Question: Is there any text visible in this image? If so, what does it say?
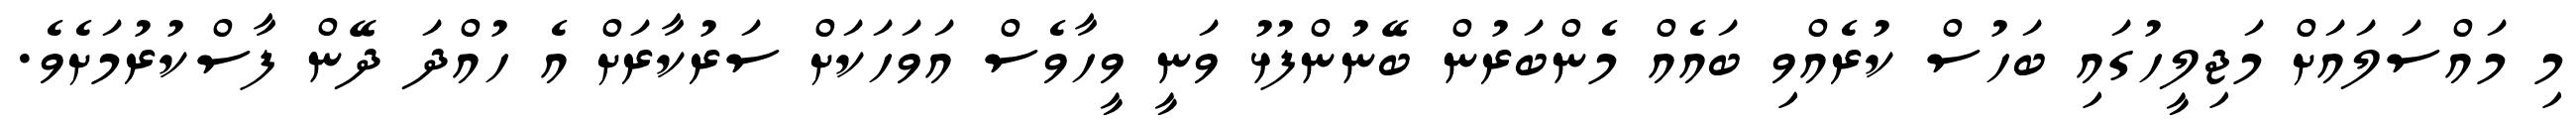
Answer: މި މައްސަލައަށް މަޖިލީހުގައި ބަހުސް ކުރެއްވި ބައެއް މެންބަރުން ބޭނުންފުޅު ވަނީ ވީހާވެސް އަވަހަކަށް ސަރުކާރަށް އެ ހުއްދަ ދޭން ފާސްކުރުމަށެވެ.